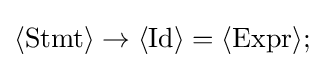
\langle {\text{Stmt}}\rangle \to \langle {\text{Id}}\rangle =\langle {\text{Expr}}\rangle ;